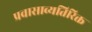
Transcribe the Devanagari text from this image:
प्रवासाव्यतिरिक्त